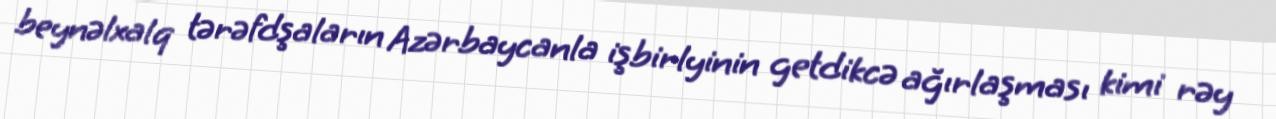
beynəlxalq tərəfdşaların Azərbaycanla işbirlyinin getdikcə ağırlaşması kimi rəy